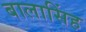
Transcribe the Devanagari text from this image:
बालासिंह